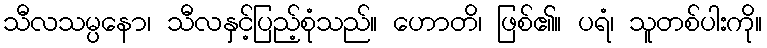
သီလသမ္ပနော၊ သီလနှင့်ပြည့်စုံသည်။ ဟောတိ၊ ဖြစ်၏။ ပရံ၊ သူတစ်ပါးကို။